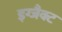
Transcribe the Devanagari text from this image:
इग्जैक्ट